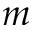
m